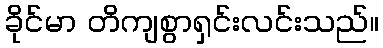
ခိုင်မာ တိကျစွာရှင်းလင်းသည်။